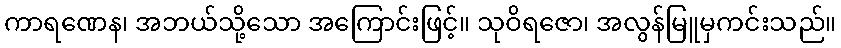
ကာရဏေန၊ အဘယ်သို့သော အကြောင်းဖြင့်။ သုဝိရဇော၊ အလွန်မြူမှကင်းသည်။